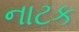
નાટક